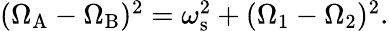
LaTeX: \begin{array}{r}{(\Omega_{\mathrm{A}}-\Omega_{\mathrm{B}})^{2}=\omega_{\mathrm{s}}^{2}+(\Omega_{1}-\Omega_{2})^{2}.}\end{array}